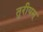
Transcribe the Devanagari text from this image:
तुरीयम्‌